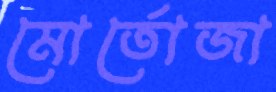
মোর্তোজা